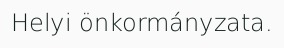
Helyi önkormányzata.